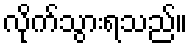
လိုက်သွားရသည်။